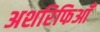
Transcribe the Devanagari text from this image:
अशरिफिआँ